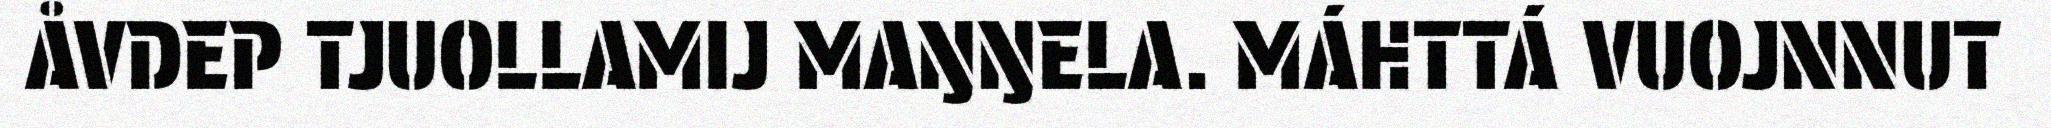
ÅVDEP TJUOLLAMIJ MAŊŊELA. MÁHTTÁ VUOJNNUT